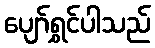
ပျော်ရွှင်ပါသည်